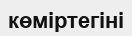
көміртегіні